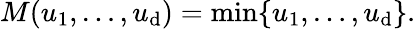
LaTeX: M(u_{1},\ldots,u_{\mathrm{d}})=\operatorname*{min}\{ u_{1},\dots,u_{\mathrm{d}}\} .